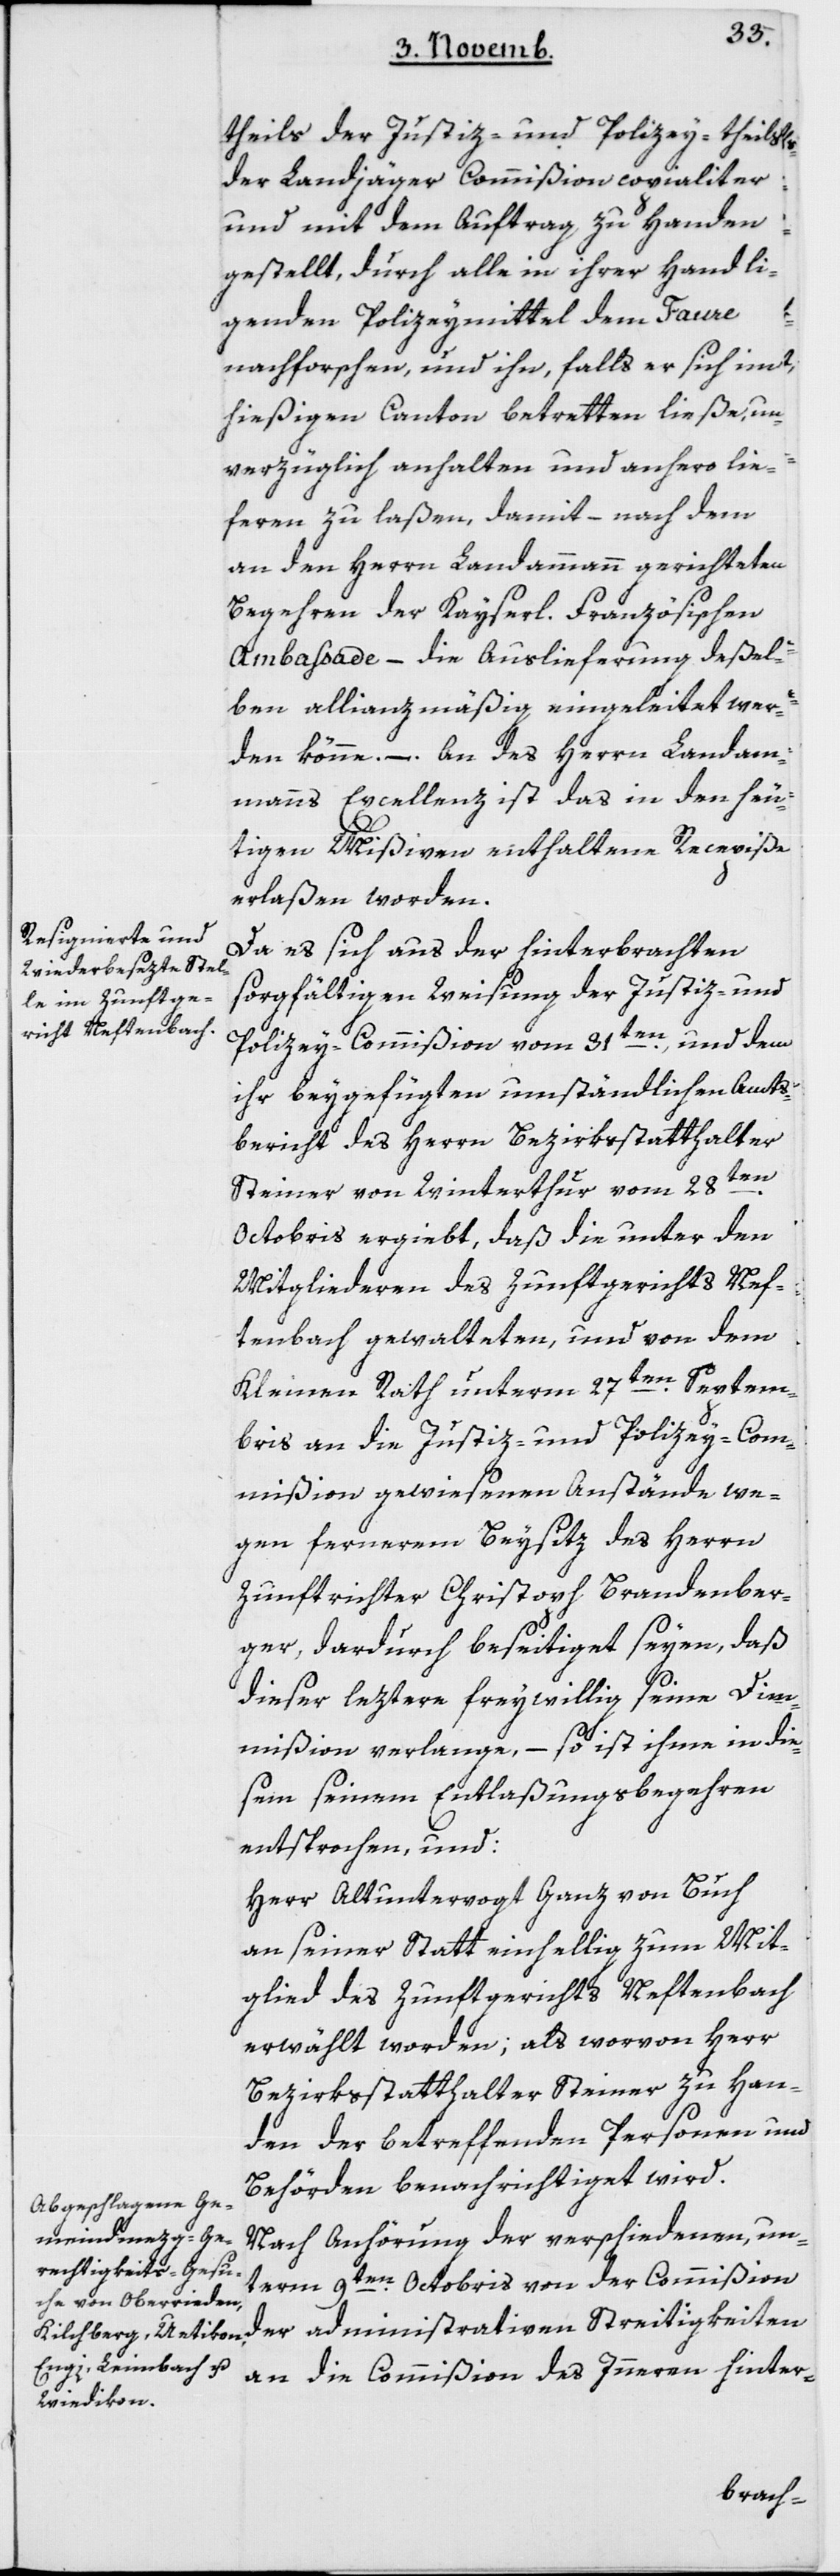
theils der Justiz- und Polizey-, theils
der Landjäger-Commißion copialiter
und mit dem Auftrag zu Handen
gestellt, durch alle in ihrer Hand lie¬
genden Polizeymittel dem Faure
nachforschen und ihn, falls er sich im
hießigen Canton betretten ließe, un¬
verzüglich anhalten und anhero lie¬
feren zu laßen, damit – nach dem
an den Herrn Landammann gerichteten
Begehren der Kayserl. Französischen
Ambassade, – die Auslieferung deßel¬
ben allianzmäßig eingeleitet wer¬
den könne. – An des Herrn Landam¬
manns Excellenz ist das in den heu¬
tigen Mißiven enthaltene Recepiße
erlaßen worden.
Da es sich aus der hinterbrachten
sorgfältigen Weisung der Justiz- und
Polizey-Commißion vom 31ten und dem
ihr beygefügten umständlichen Amts¬
bericht des Herrn Bezirksstatthalter
en
Steiner von Winterthur vom 28t¬
Octobris ergiebt, daß die unter den
Mitgliederen des Zunftgerichts Nef¬
tenbach gewalteten, und von dem
Kleinen Rath unterm 27ten Septem¬
bris an die Justiz- und Polizey-Com¬
mißion gewiesenen Anstände we¬
gen fernerem Beysitz des Herrn
Zunftrichter Christoph Brandenber¬
ger, dardurch beseitiget seyen, daß
dieser lezterefreywillig seine Dim¬
mißion verlange, – so ist ihme in die¬
sem seinem Entlaßungsbegehren
entsprochen, und
Herr Altuntervogt Ganz von Buch
an seiner Statt einhellig zum Mit¬
glied des Zunftgerichts Neftenbach
erwählt worden; als worvon Herr
Bezirksstatthalter Steiner zu Han¬
den der betreffenden Personen und
Behörden benachrichtiget wird.
Nach Anhörung der verschiedenen, un¬
term 9ten Octobris von der Commißion
der administrativen Streitigkeiten
an die Commißion des Innern hinter-